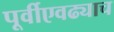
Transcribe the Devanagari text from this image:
पूर्वीएवढ्याच